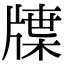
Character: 𤗣